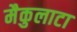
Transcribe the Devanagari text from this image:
मैकुलाटा